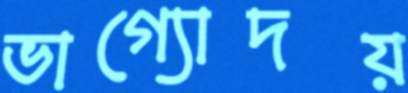
ভাগ্যোদয়